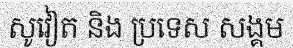
សូវៀត និង ប្រទេស សង្គម